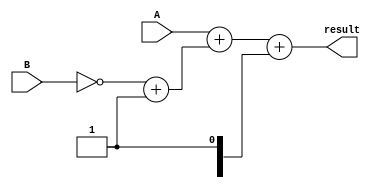
module Subtract (
    input [3:0] A,
    input [3:0] B,
    output reg [3:0] result
);

// Logic gates for subtraction operation
wire [3:0] B_neg;
wire [3:0] carry_in;
wire [3:0] sum;

assign B_neg = ~B + 1;

// XOR gate to calculate difference
assign sum = A + B_neg + carry_in;

always @ (A, B)
begin
    result[0] = sum[0];
    result[1] = sum[1];
    result[2] = sum[2];
    result[3] = sum[3];
end

endmodule